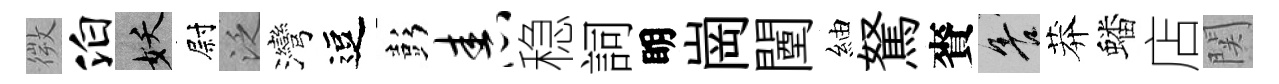
微泊妖尉泛灣逗彭舂稳詞眀崗闉紬駑賚善莽蟠店関